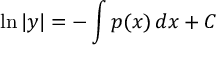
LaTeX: \ln | y | = - \int p ( x ) \, d x + C